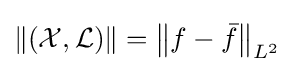
\left\|({\mathcal {X}},{\mathcal {L}})\right\|=\left\|f-{\bar {f}}\right\|_{L^{2}}